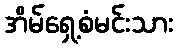
အိမ်ရှေ့စံမင်းသား